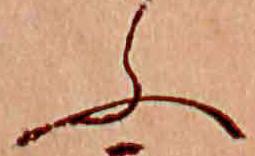
ふ